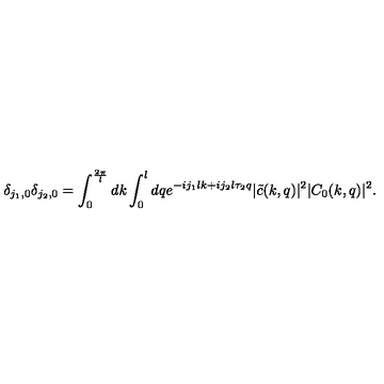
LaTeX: \delta _ { j _ { 1 } , 0 } \delta _ { j _ { 2 } , 0 } = \int _ { 0 } ^ { \frac { 2 \pi } { l } } d k \int _ { 0 } ^ { l } d q e ^ { - i j _ { 1 } l k + i j _ { 2 } l \tau _ { 2 } q } | \tilde { c } ( k , q ) | ^ { 2 } | C _ { 0 } ( k , q ) | ^ { 2 } .